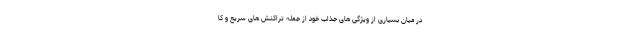
در میان بسیاری از ویژگی های جذاب خود از جمله تراکنش های سریع و کا